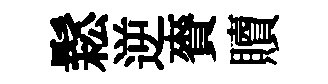
鬆逆賚贖